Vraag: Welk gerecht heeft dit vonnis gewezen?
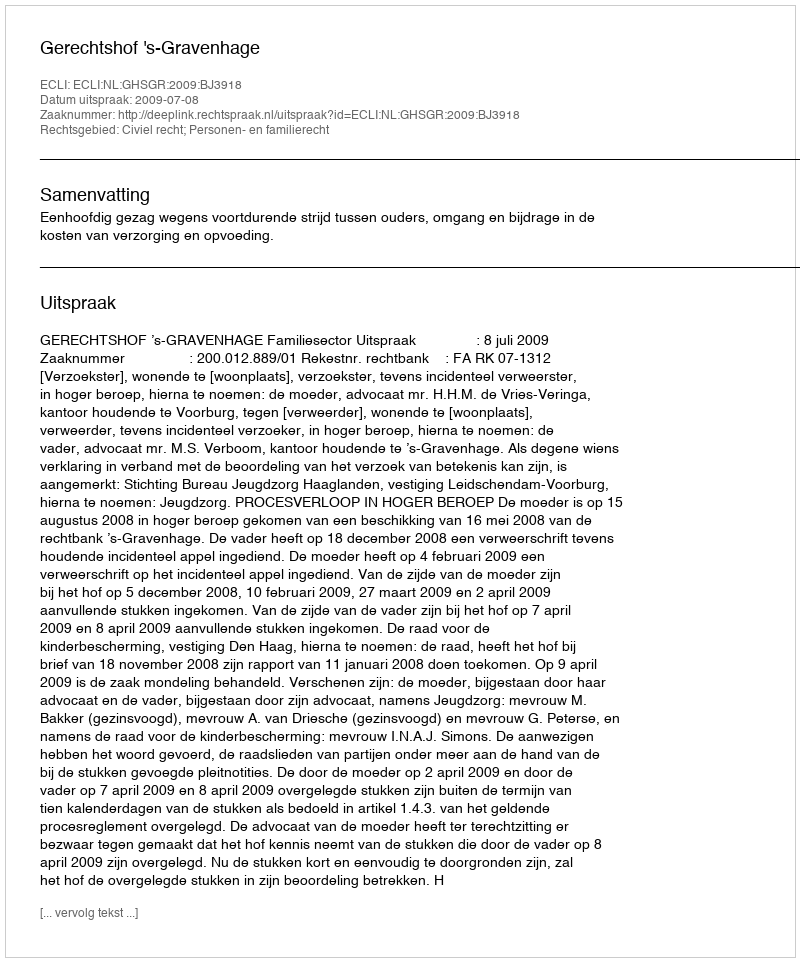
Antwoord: Gerechtshof 's-Gravenhage